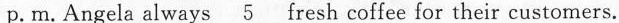
p.m.Angela always \underline{5} fresh coffee for their customers.